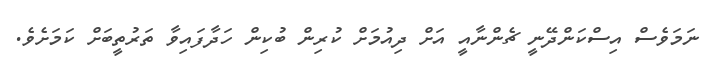
ނަމަވެސް އިސްކަންދޭނީ ޗެންނާއީ އަށް ދިއުމަށް ކުރިން ބުކިން ހަދާފައިވާ ތަރުތީބަށް ކަމަށެވެ.